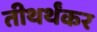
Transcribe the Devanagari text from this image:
तीथर्थंकर